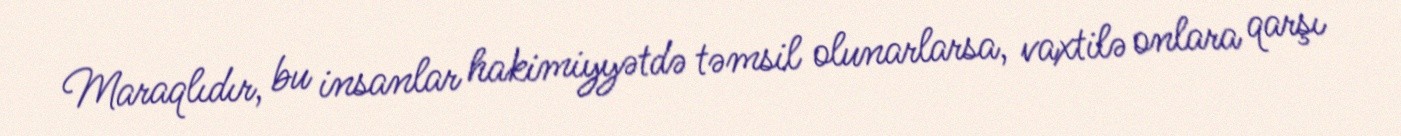
Maraqlıdır, bu insanlar hakimiyyətdə təmsil olunarlarsa, vaxtilə onlara qarşı